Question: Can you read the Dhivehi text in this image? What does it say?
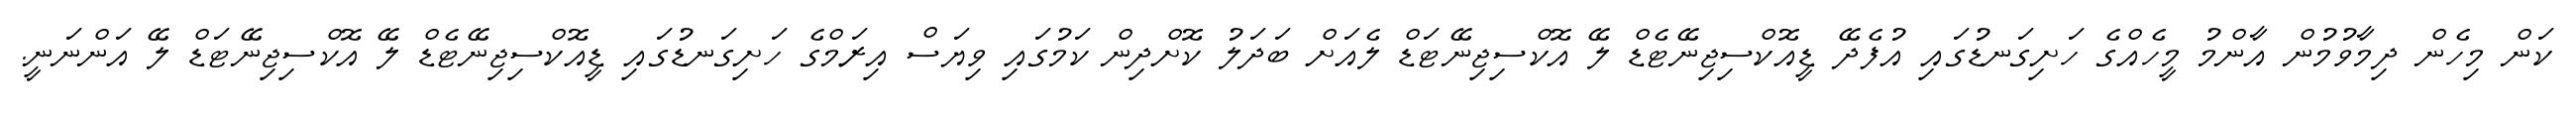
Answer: ކަން މިހެން ދިމާވުމުން އާންމު މީހެއްގެ ހަށިގަނޑުގައި އުފެދޭ ޑީއޮކްސިޖިނޭޓެޑް ލޭ އޮކްސިޖިނޭޓަޑް ލެއަށް ބަދަލު ކޮށްދިން ކަމުގައި ވިޔަސް އިރަމްގެ ހަށިގަނޑުގައި ޑީއޮކްސިޖިނޭޓެޑް ލޭ އޮކްސިޖިނޭޓަޑް ލޭ އަންނަނީ.